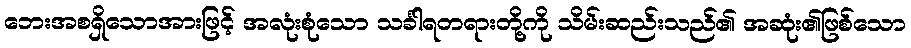
ဘေးအစရှိသောအားဖြင့် အလုံးစုံသော သင်္ခါရတရားတို့ကို သိမ်းဆည်းသည်၏ အဆုံး၏ဖြစ်သော